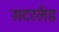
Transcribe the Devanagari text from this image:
सदरलँड